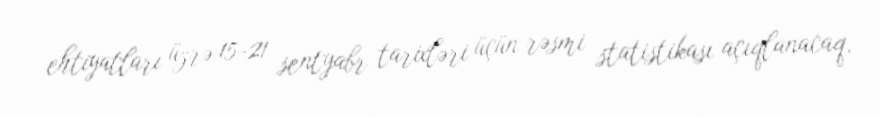
ehtiyatları üzrə 15-21 sentyabr tarixləri üçün rəsmi statistikası açıqlanacaq.